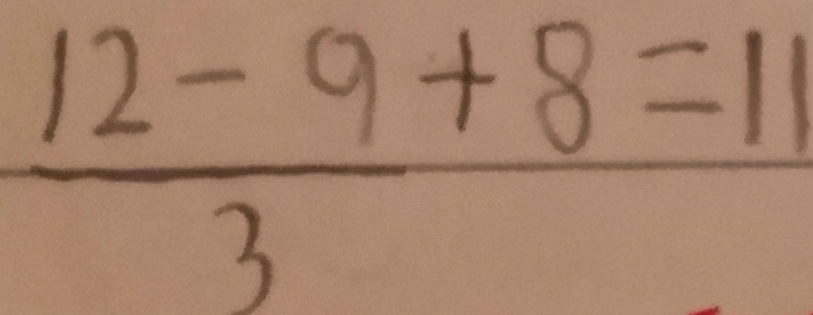
\frac { 1 2 - 9 } { 3 } + 8 = 1 1